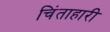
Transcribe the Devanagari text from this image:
चिंताहारी